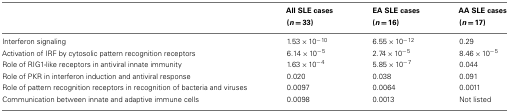
<table><thead><tr><td></td><td><b>All SLE cases (<i>n</i> = 33)</b></td><td><b>EA SLE cases (<i>n</i> = 16)</b></td><td><b>AA SLE cases (<i>n</i> = 17)</b></td></tr></thead><tbody><tr><td>Interferon signaling</td><td>1.53 × 10<sup>−</sup><sup>10</sup></td><td>6.55 × 10<sup>−</sup><sup>12</sup></td><td>0.29</td></tr><tr><td>Activation of IRF by cytosolic pattern recognition receptors</td><td>6.14 × 10<sup>−</sup><sup>5</sup></td><td>2.74 × 10<sup>−</sup><sup>5</sup></td><td>8.46 × 10<sup>−</sup><sup>5</sup></td></tr><tr><td>Role of RIG1-like receptors in antiviral innate immunity</td><td>1.63 × 10<sup>−</sup><sup>4</sup></td><td>5.85 × 10<sup>−</sup><sup>7</sup></td><td>0.044</td></tr><tr><td>Role of PKR in interferon induction and antiviral response</td><td>0.020</td><td>0.038</td><td>0.091</td></tr><tr><td>Role of pattern recognition receptors in recognition of bacteria and viruses</td><td>0.0097</td><td>0.0064</td><td>0.0011</td></tr><tr><td>Communication between innate and adaptive immune cells</td><td>0.0098</td><td>0.0013</td><td>Not listed</td></tr></tbody></table>